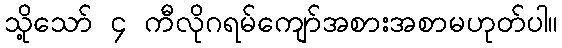
သို့သော် ၄ ကီလိုဂရမ်ကျော်အစားအစာမဟုတ်ပါ။